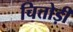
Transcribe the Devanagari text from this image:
चित्तोड़ी